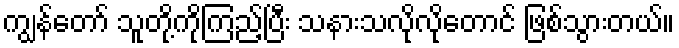
ကျွန်တော် သူတို့ကိုကြည့်ပြီး သနားသလိုလိုတောင် ဖြစ်သွားတယ်။